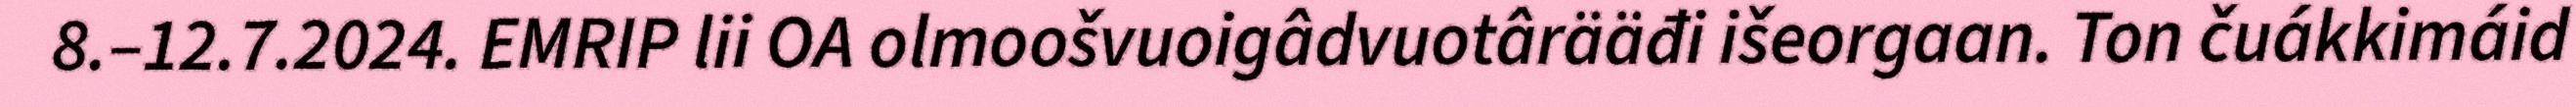
8.–12.7.2024. EMRIP lii OA olmoošvuoigâdvuotârääđi išeorgaan. Ton čuákkimáid